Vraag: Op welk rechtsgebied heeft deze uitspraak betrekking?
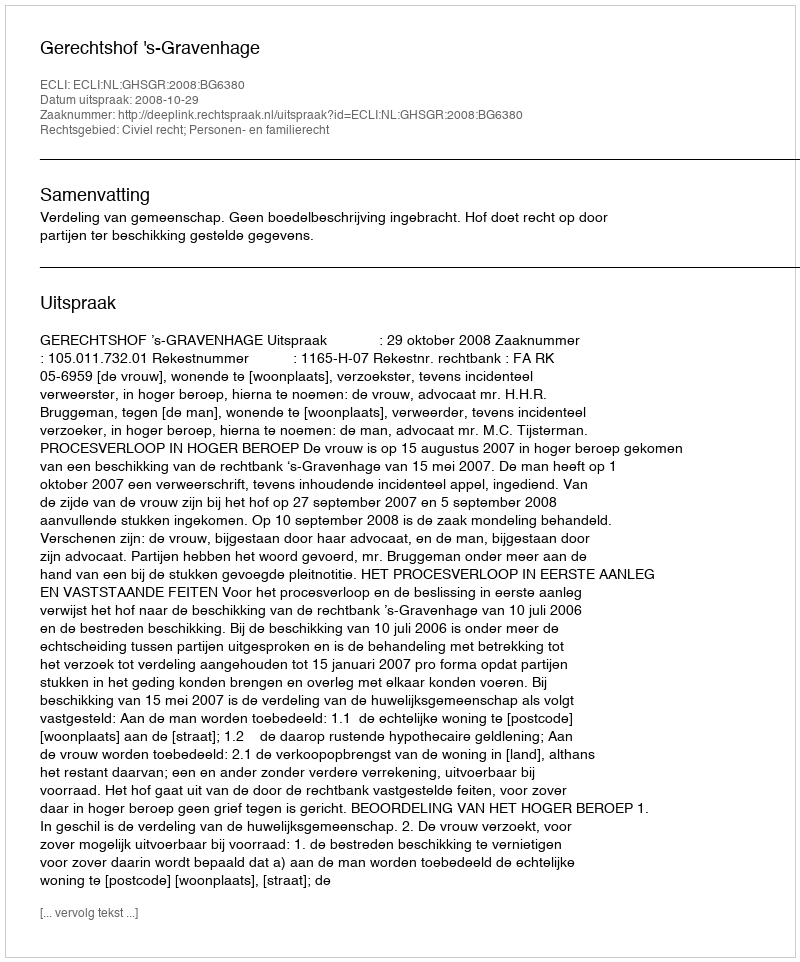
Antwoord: Civiel recht; Personen- en familierecht